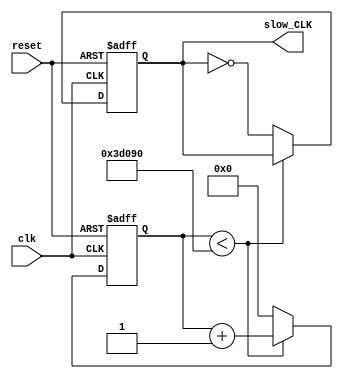
//mohamed sabry mahmoud shehab eldean >>>>>sec:17
/* 
 Module Name: clock_divider
 Description: Clock divider works to divide the FPGA Clock to 1 Hz. 
FPGA clock is 25 MHz >>>>>>>>>>>1000 ms
              x  mhz >>>>>>>>>>>10 ms
    x=250000
250 thousand  for One duty cycle and 250 thousand for Zero duty cycle 
*/
//###############################################################################
// ---------------------------  clock divider  ------------------------------- //
module clock_divider (clk, reset, slow_CLK);
// -------------------------- Inputs Declarations ---------------------------- //
input clk, reset;
// ------------------------- Outputs Declarations ---------------------------- //
output  slow_CLK;
// --------------------------- Wire Declarations ----------------------------- // 
// ---------------------------- Reg Declarations ----------------------------- //
reg slow_CLK;
reg [17:0] count;
// ------------------------- Instantiation Modules --------------------------- //
// --------------------------------------------------------------------------- //
// --------------------------------------------------------------------------- //
// ----------------------- Combinational Logic  ------------------------------ //
// ----------------------- Sequential  Logic  -------------------------------- //
always @(posedge clk or posedge reset)
	begin
		if(reset) // reset the counter circuit to initial (zero)
			begin
				count <= 0;
				slow_CLK<= 0;
			end
		else
			begin
				if(count < 250_000)
//250000 for up or down
					count <= count + 1; // count 250 thousand 
				else 
					begin
						slow_CLK = ~slow_CLK; // toggle the clk high\low
						count <= 0;
					end
			end
	end		
// --------------------------------------------------------------------------- //
endmodule
// ----------------------------- End of File --------------------------------- //
// --------------------------------------------------------------------------- //